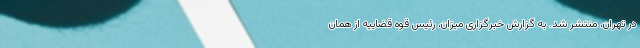
در تهران، منتشر شد. به گزارش خبرگزاری میزان، رئیس قوه قضاییه از همان